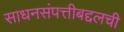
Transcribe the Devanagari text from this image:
साधनसंपत्तीबद्दलची